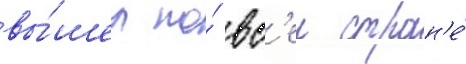
вы́шел по́ вс'еи стран'е́